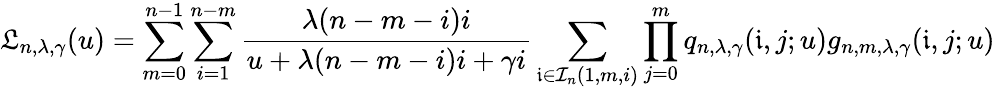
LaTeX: \mathfrak{L}_{n,\lambda,\gamma}(u)=\sum_{m=0}^{n-1}\sum_{i=1}^{n-m}\frac{\lambda(n-m-i)i}{u+\lambda(n-m-i)i+\gamma i}\sum_{\mathfrak{i}\in\mathcal{I}_{n}(1,m,i)}\prod_{j=0}^{m}q_{n,\lambda,\gamma}(\mathfrak{i},j;u)g_{n,m,\lambda,\gamma}(\mathfrak{i},j;u)